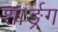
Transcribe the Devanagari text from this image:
शार्ङ्र्ग